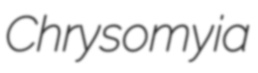
Chrysomyia